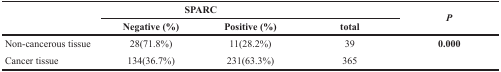
<table><thead><tr><td rowspan="2"></td><td colspan="3"><b>SPARC</b></td><td rowspan="2"><b><i>P</i></b></td></tr><tr><td><b>Negative (%)</b></td><td><b>Positive (%)</b></td><td><b>total</b></td></tr></thead><tbody><tr><td>Non-cancerous tissue</td><td>28(71.8%)</td><td>11(28.2%)</td><td>39</td><td><b>0.000</b></td></tr><tr><td>Cancer tissue</td><td>134(36.7%)</td><td>231(63.3%)</td><td>365</td><td></td></tr></tbody></table>